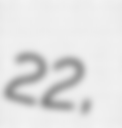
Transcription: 22,